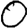
Digit: 0